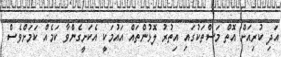
އަދި ކުރިއަށް އޮތް މަސްތަކުގައި އިތުރު ލޮޅުންތައް އައުމަކީ އެކަށީގެންވާ ކަމެއް ކަމަށްވެސް